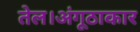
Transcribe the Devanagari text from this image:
तेल।अंगूठाकार